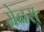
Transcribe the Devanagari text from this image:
मेनस